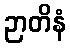
ဉာတိနံ